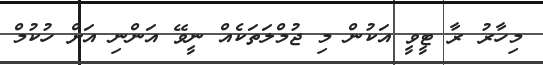
މިހާރު ރާ ޓީވީ އަކުން މި ޖުމްލަތަކެއް ނީވޭ އަންނި އަށް ހުކުމް